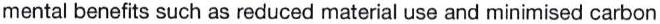
mental benefits such as reduced material use and minimised carbon